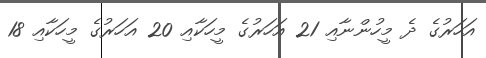
އަހަރުގެ ދެ މީހުންނާއި 21 އަހަރުގެ މީހަކާއި 20 އަހަރުގެ މީހަކާއި 18